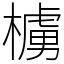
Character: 㯭